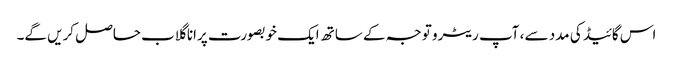
اس گائیڈ کی مدد سے ، آپ ریٹرو توجہ کے ساتھ ایک خوبصورت پرانا گلاب حاصل کریں گے۔